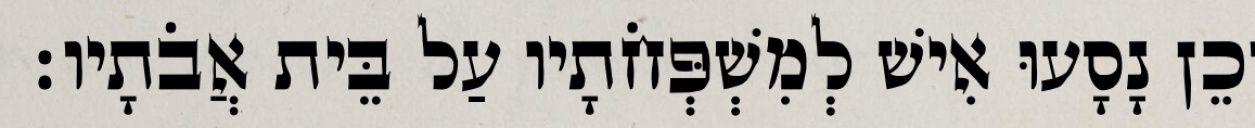
וְכֵן נָסָעוּ אִישׁ לְמִשְׁפְּחֹתָיו עַל בֵּית אֲבֹתָיו׃